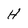
Character: H